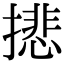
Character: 𢴾